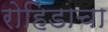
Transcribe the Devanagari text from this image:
रोहिडाचा